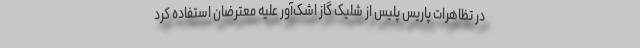
در تظاهرات پاریس پلیس از شلیک گاز اشک‌آور علیه معترضان استفاده کرد